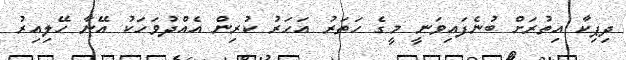
ދިޕިކާ އިތުރަށް ބުނެފައިވަނީ މީގެ ހަތަރު އަހަރު ކުރިން އެއްދުވަހަކު އޭނާ ހޭލިއިރު